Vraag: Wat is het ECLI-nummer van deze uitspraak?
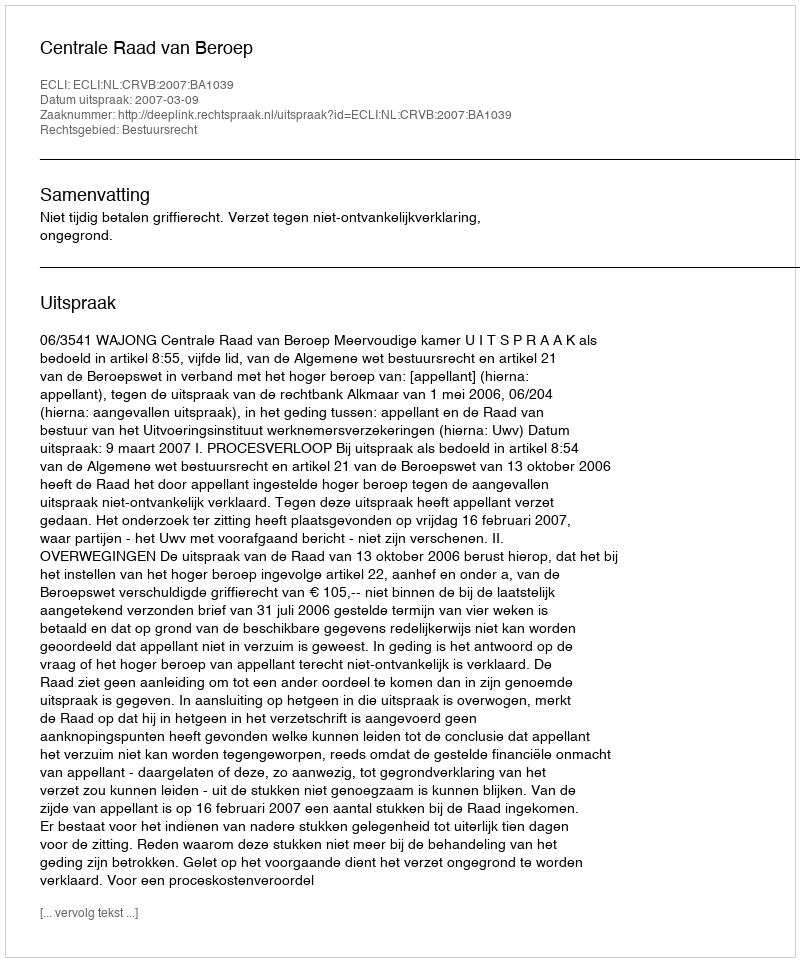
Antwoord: ECLI:NL:CRVB:2007:BA1039